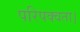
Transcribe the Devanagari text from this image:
परिपक्वता।